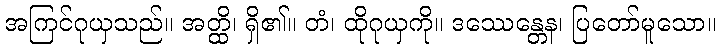
အကြင်ဂုယှသည်။ အတ္ထိ၊ ရှိ၏။ တံ၊ ထိုဂုယှကို။ ဒဿေန္တေန၊ ပြတော်မူသော။